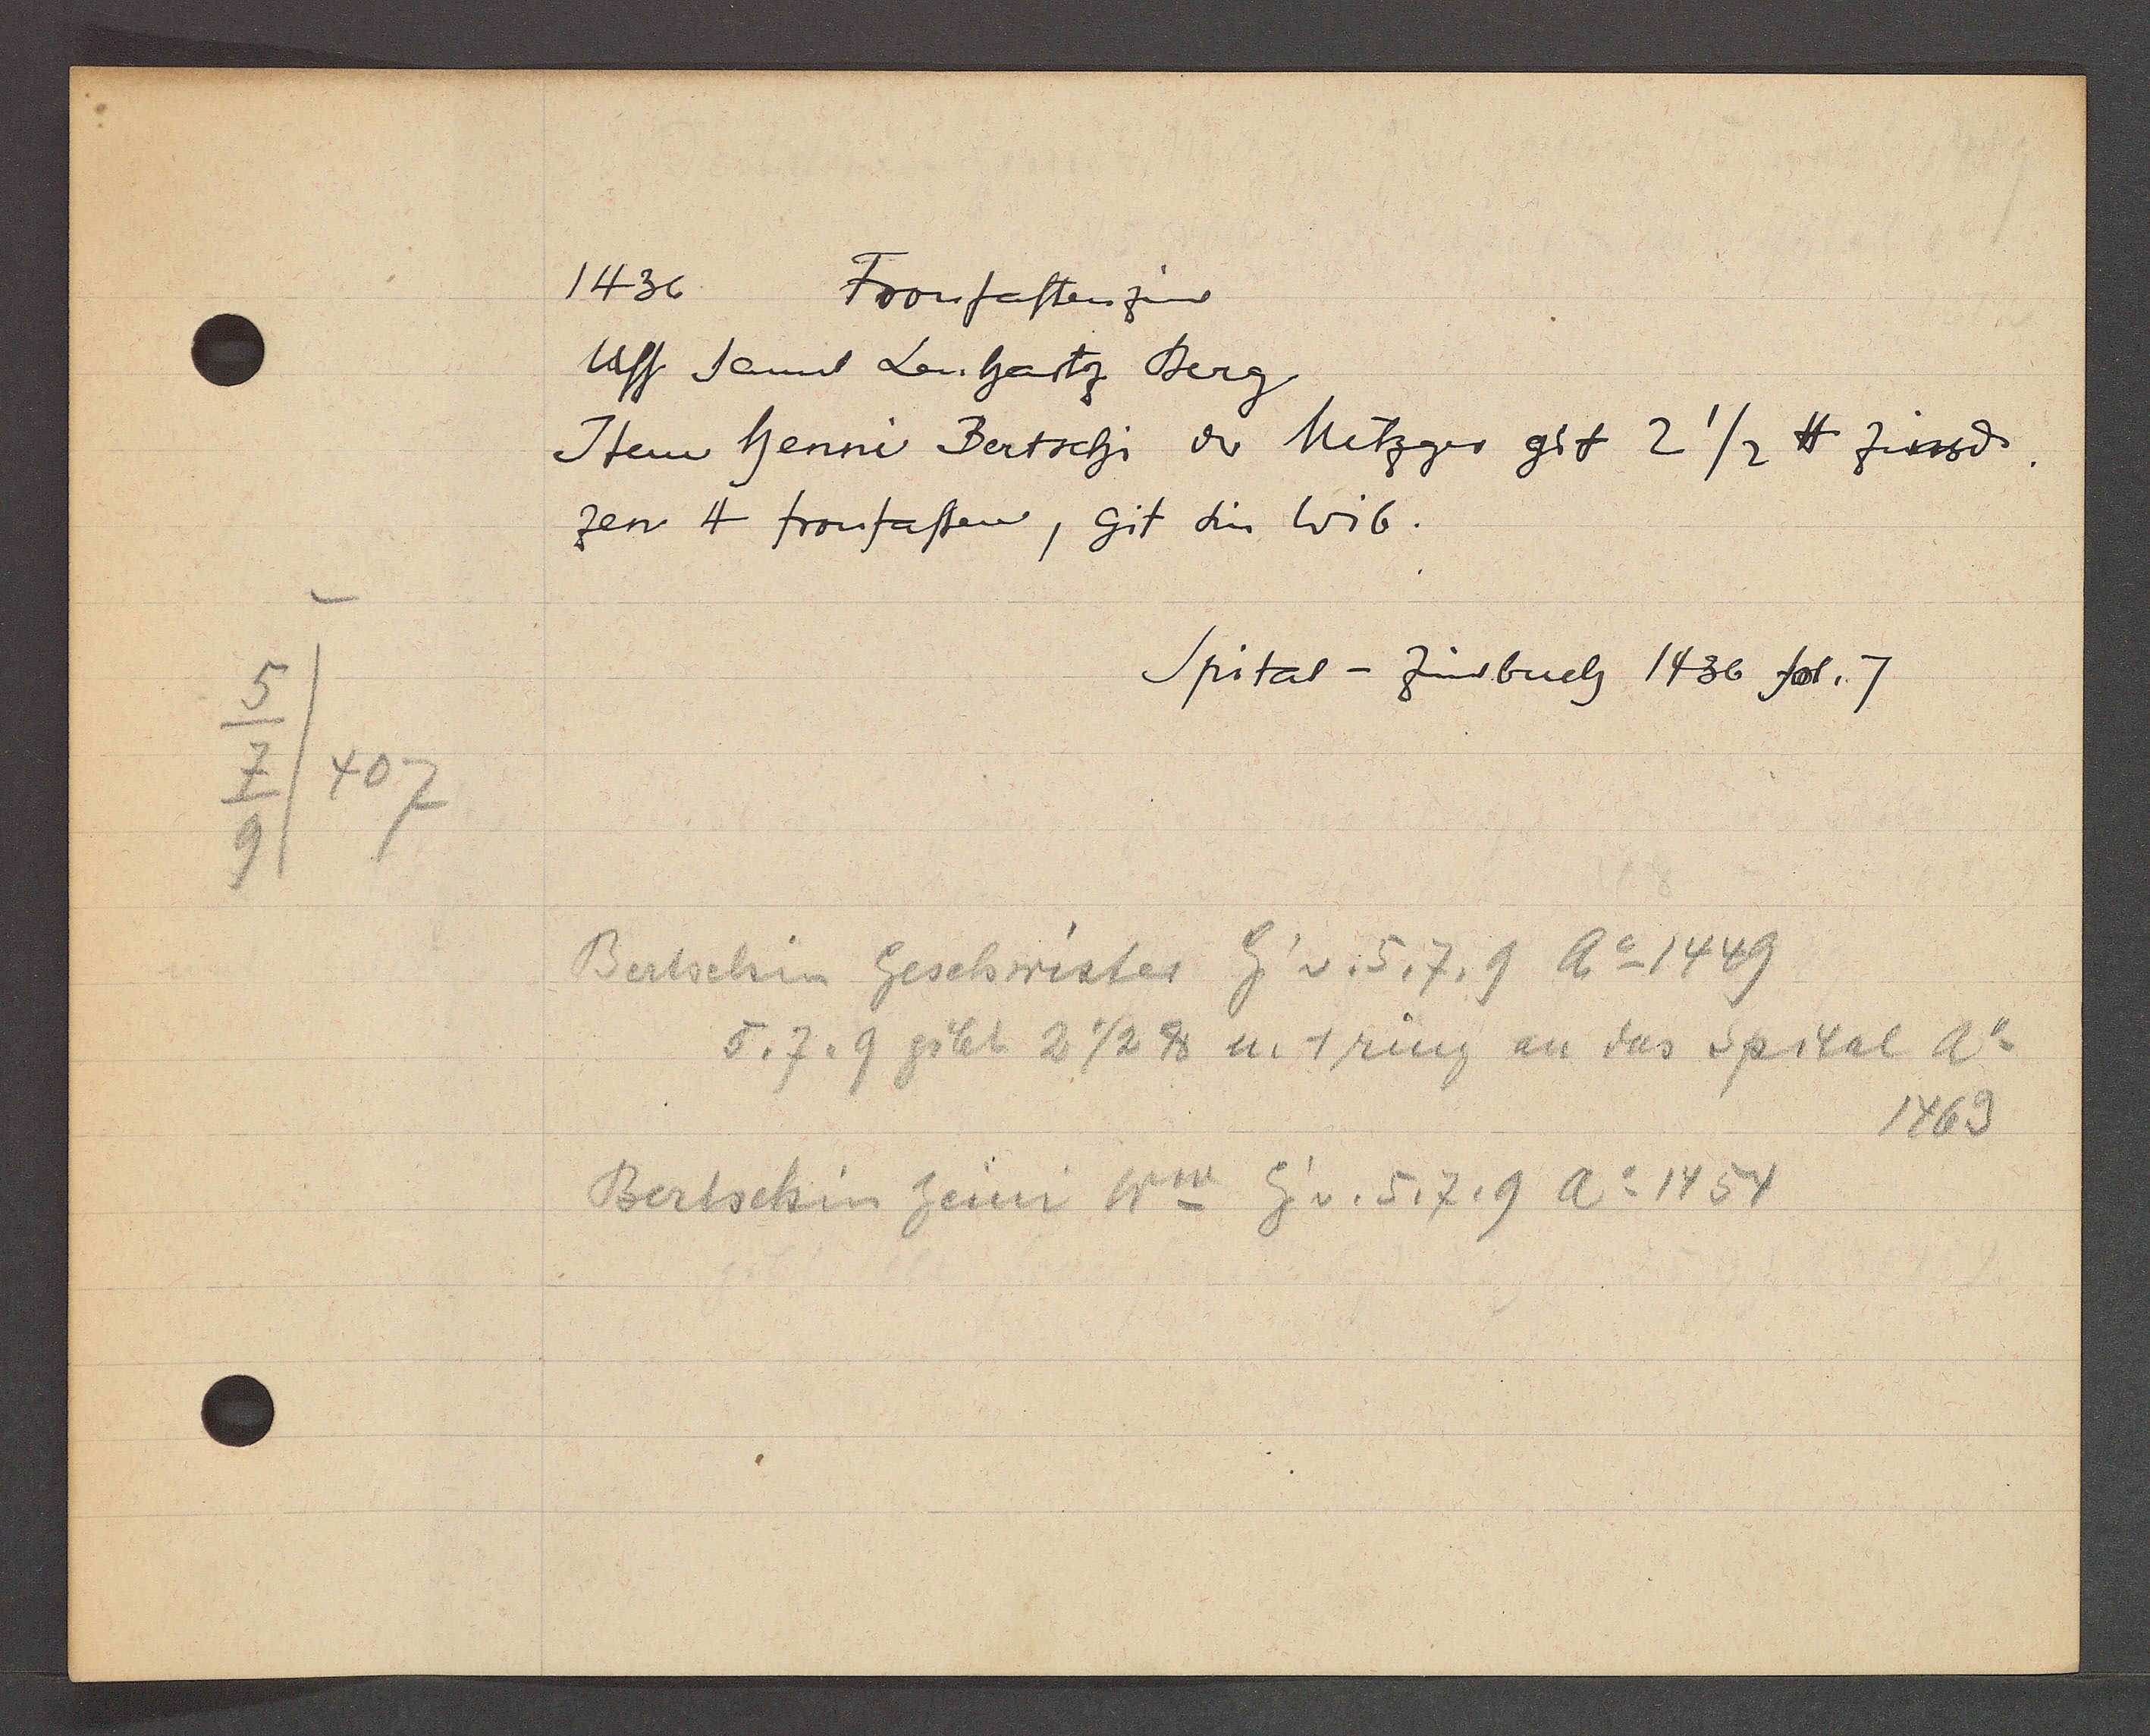
Transcript:
5
7/407.
9

1436.
Fronfasten zins

Uff samt Lenharzt Berg
Item henni Bertschi der Metzger git 2 1/2 ℔ zinsd.
zen 4 fronfasten, git die Wib.

Spital - Zinsbuch 1436 fol. 7

Bertschin Geschwister Eig v. 5,7,9 Ao 1449
5, 7, 9 gibt 2 ½ ℔ u. 1 ring an das Spital Ao
1469
Bertschin heini Ww Eig v. 5, 7, 9 Ao 1454